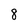
Character: 8